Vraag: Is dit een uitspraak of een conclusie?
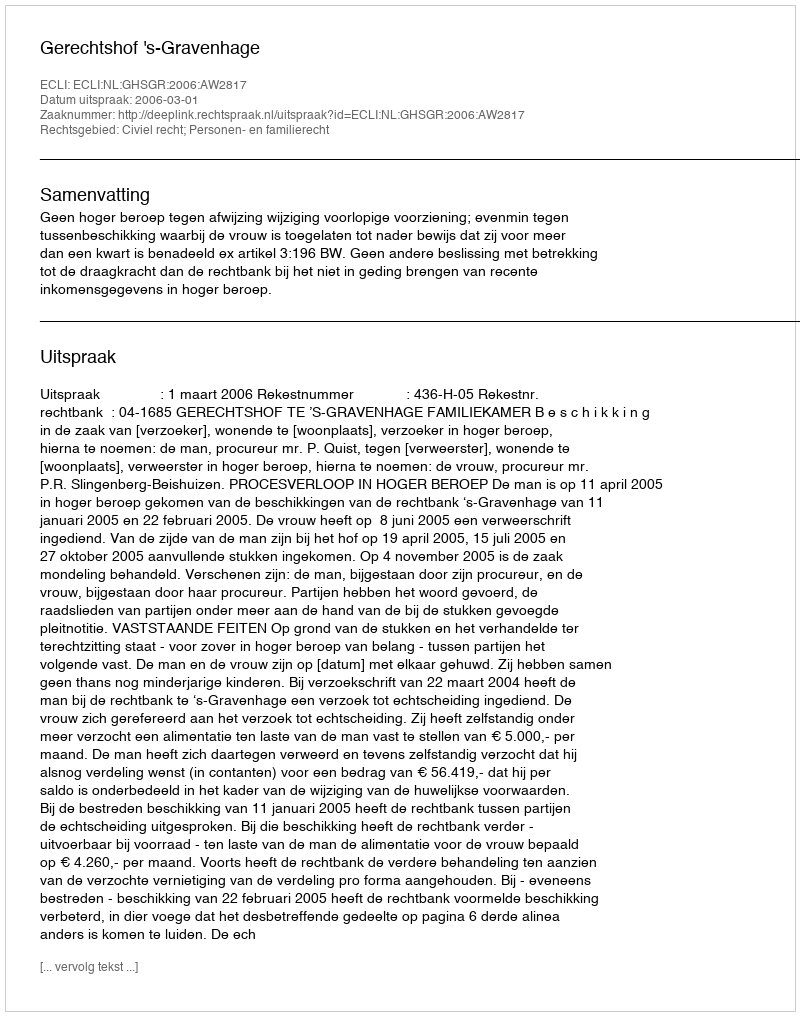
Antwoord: Uitspraak